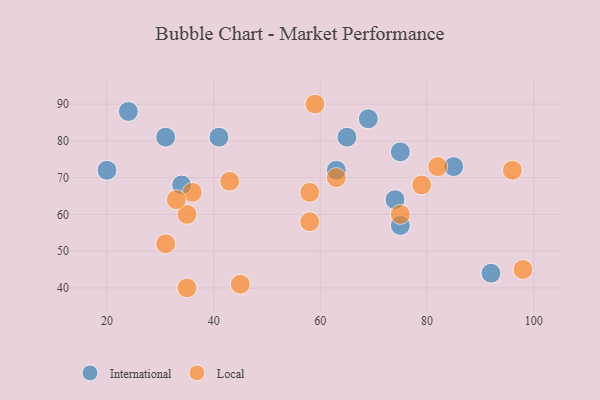
{"axis": {"x": "GDP", "y": "Life Expectancy"}, "legend": ["International", "Local"], "data": [{"x": "74", "y": 64, "type": "International"}, {"x": "24", "y": 88, "type": "International"}, {"x": "69", "y": 86, "type": "International"}, {"x": "92", "y": 44, "type": "International"}, {"x": "31", "y": 81, "type": "International"}, {"x": "85", "y": 73, "type": "International"}, {"x": "34", "y": 68, "type": "International"}, {"x": "63", "y": 72, "type": "International"}, {"x": "75", "y": 57, "type": "International"}, {"x": "75", "y": 77, "type": "International"}, {"x": "65", "y": 81, "type": "International"}, {"x": "20", "y": 72, "type": "International"}, {"x": "41", "y": 81, "type": "International"}, {"x": "35", "y": 60, "type": "Local"}, {"x": "98", "y": 45, "type": "Local"}, {"x": "45", "y": 41, "type": "Local"}, {"x": "59", "y": 90, "type": "Local"}, {"x": "63", "y": 70, "type": "Local"}, {"x": "36", "y": 66, "type": "Local"}, {"x": "33", "y": 64, "type": "Local"}, {"x": "96", "y": 72, "type": "Local"}, {"x": "58", "y": 58, "type": "Local"}, {"x": "58", "y": 66, "type": "Local"}, {"x": "79", "y": 68, "type": "Local"}, {"x": "43", "y": 69, "type": "Local"}, {"x": "82", "y": 73, "type": "Local"}, {"x": "35", "y": 40, "type": "Local"}, {"x": "75", "y": 60, "type": "Local"}, {"x": "31", "y": 52, "type": "Local"}]}